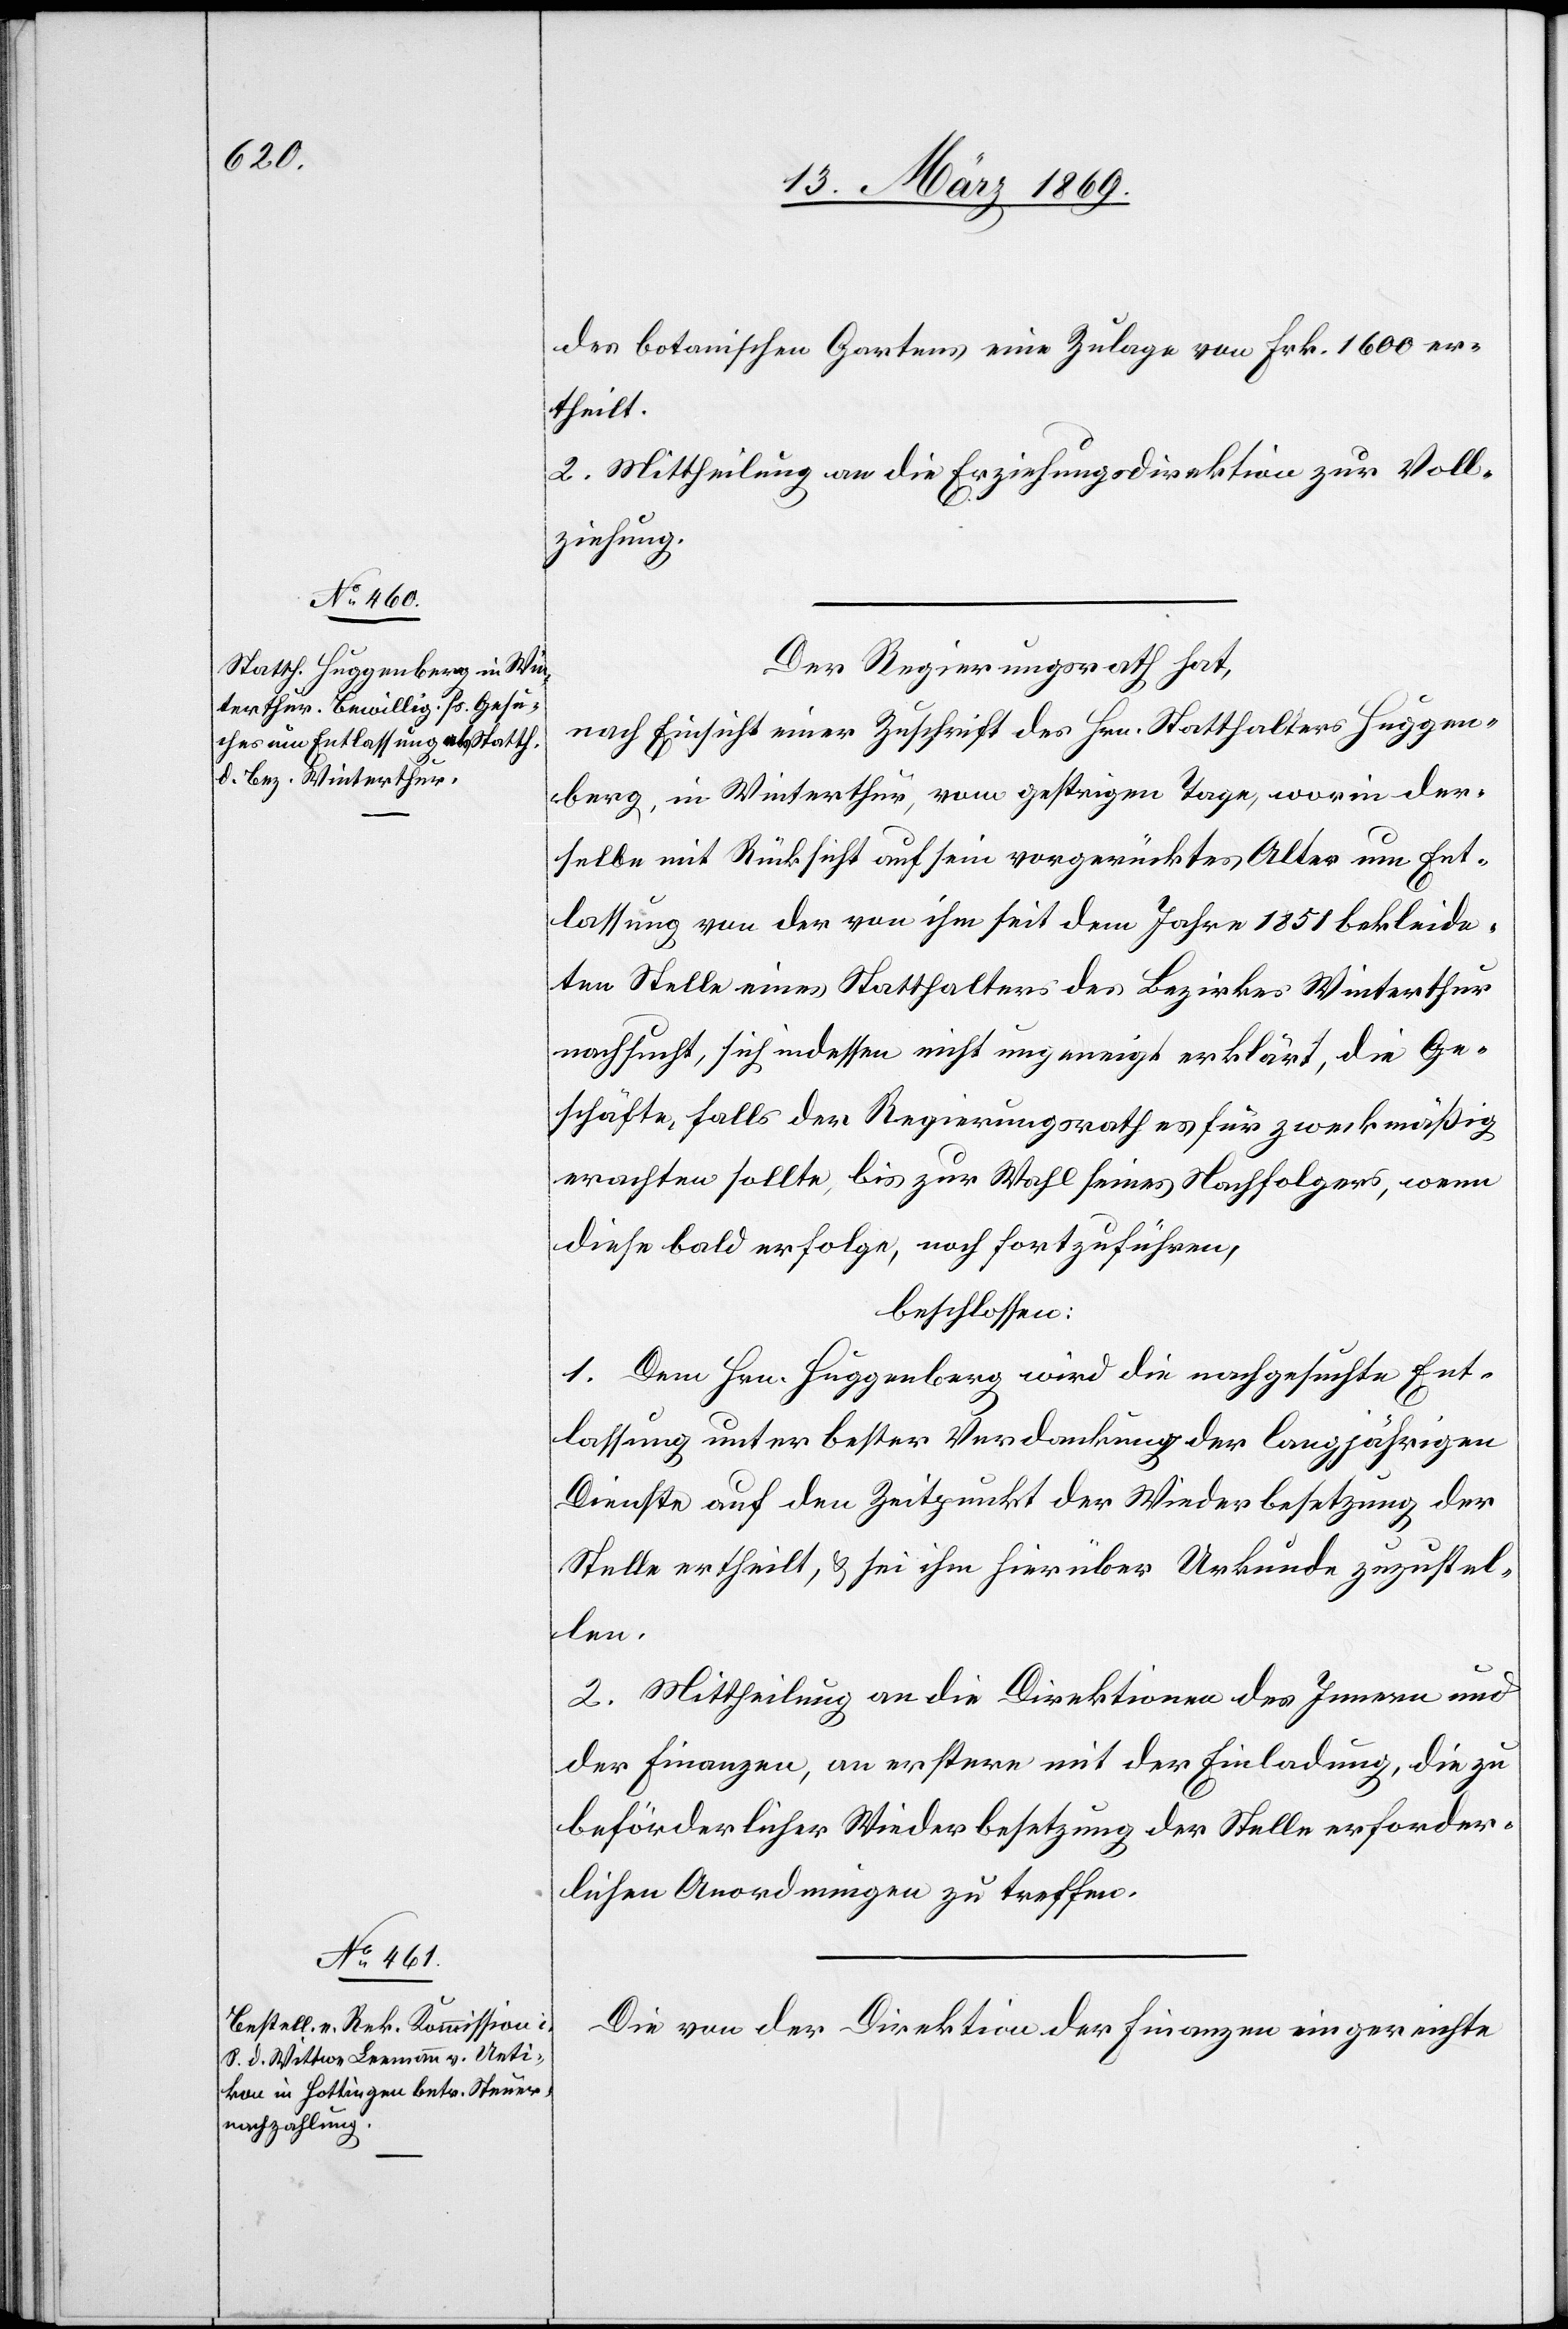
des botanischen Gartens eine Zulage von Frk. 1600 er¬
theilt.
2. Mittheilung an die Erziehungsdirektion zur Voll¬
ziehung.
Der Regierungsrath hat,
nach Einsicht einer Zuschrift des Hrn. Statthalter Huggen¬
berg, in Winterthur, vom gestrigen Tage, worin der¬
selbe mit Rücksicht auf sein vorgerücktes Alter um Ent¬
lassung von der von ihm seit dem Jahre 1851 bekleide¬
ten Stelle eines Statthalters des Bezirkes Winterthur
nachsucht, sich indessen nicht ungeneigt erklärt, die Ge¬
schäfte, falls der Regierungsrath es für zweckmäßig
erachten sollte, bis zur Wahl seines Nachfolgers, wenn
diese bald erfolge, noch fortzuführen,
beschlossen:
1. Dem Hrn. Huggenberg wird die nachgesuchte Ent¬
lassung unter bester Verdankung der langjährigen
Dienste auf den Zeitpunkt der Wiederbesetzung der
Stelle ertheilt, & sei ihm hierüber Urkunde zuzustel¬
len.
2. Mittheilung an die Direktionen des Innern und
der Finanzen, an erstere mit der Einladung, die zu
beförderlicher Wiederbesetzung der Stelle erforder¬
lichen Anordnungen zu treffen.
Die von der Direktion der Finanzen eingereichte